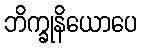
ဘိက္ခုနိယောပေ